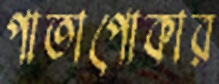
পাতাপোকার